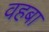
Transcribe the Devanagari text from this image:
वहबा